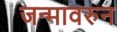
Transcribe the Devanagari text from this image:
जन्मावरुन